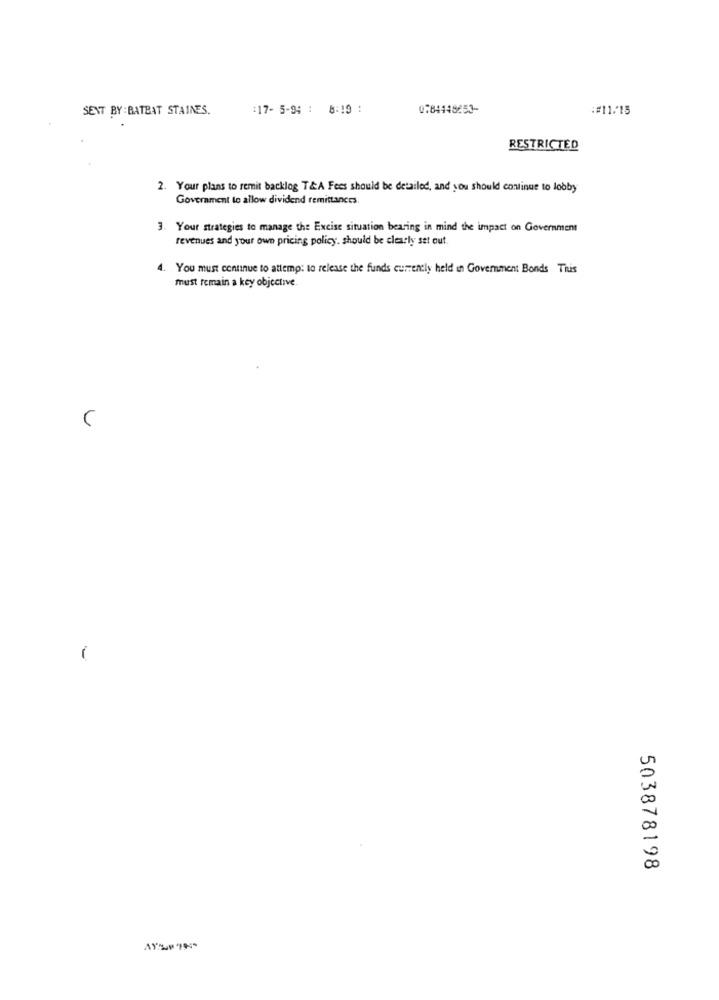
SENT BY : BATEAT STAINES.
:17- 5-94 : 8:19 :
0:84448653-
:#11/15
RESTRICTED
2. Your plans to remit backlog T&A Fees should be detailed, and you should continue to lobby
Government to allow dividend remittances.
3. Your strategies to manage the Excise situation bearing in mind the impact on Government
revenues and your own pricing policy. should be clearly set out.
4. You must continue to attempt to release the funds currently held in Government Bonds This
must remain a key objective.
-
503878198